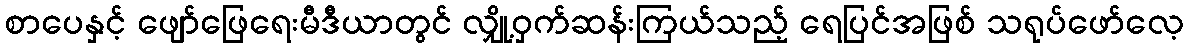
စာပေနှင့် ဖျော်ဖြေရေးမီဒီယာတွင် လျှို့ဝှက်ဆန်းကြယ်သည့် ရေပြင်အဖြစ် သရုပ်ဖော်လေ့